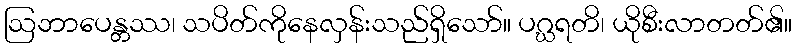
ဩဘာပေန္တဿ၊ သပိတ်ကိုနေလှန်းသည်ရှိသော်။ ပဂ္ဃရတိ၊ ယိုစီးလာတတ်၏။